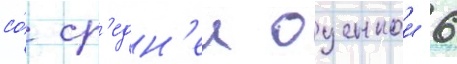
со́ ср'едн'еи оценкои 6